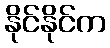
နိုင်နိုင်က